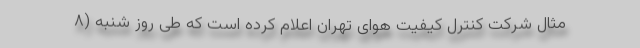
مثال شرکت کنترل کیفیت هوای تهران اعلام کرده است که طی روز شنبه (۸